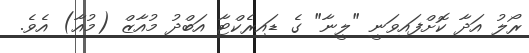
ރޯލު އަދާ ކޮށްފައިވަނީ "ލީނާ" ގެ ޑައިރެކްޓާ އަބްދު މުއާޒް (މުއާ) އެވެ.